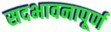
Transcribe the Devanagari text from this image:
सदभावनापूर्ण